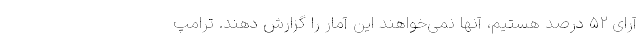
آرای ۵۲ درصد هستیم، آنها نمی‌خواهند این آمار را گزارش دهند. ترامپ